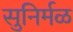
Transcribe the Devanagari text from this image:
सुनिर्मळ